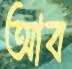
আব